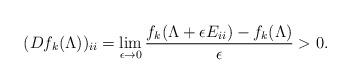
LaTeX: \begin{align*}(Df_k(\Lambda))_{ii}=\lim_{\epsilon \to 0}{\frac{f_k(\Lambda+\epsilon E_{ii})-f_k(\Lambda)}{\epsilon}}>0.\end{align*}